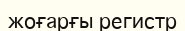
жоғарғы регистр